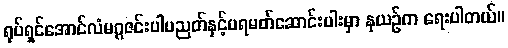
ရုပ်ရှင်အောင်လံမဂ္ဂဇင်းပါပညတ်နှင့်ပရမတ်ဆောင်းပါးမှာ နုယဉ်က ရေးပါတယ်။